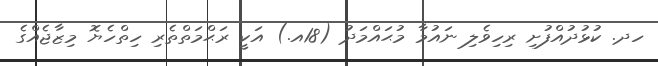
ހދ. ކުޅުދުއްފުށި ރިހިވެލި ނައުމާ މުޙައްމަދު (18އ.) އަކީ ރަޙްމަތްތެރި ހިތްހެޔޮ މިޒާޖެއްގެ